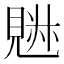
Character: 𧡉